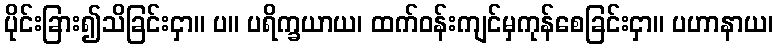
ပိုင်းခြား၍သိခြင်းငှာ။ ပ။ ပရိက္ခယာယ၊ ထက်ဝန်းကျင်မှကုန်စေခြင်းငှာ။ ပဟာနာယ၊